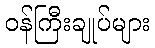
ဝန်ကြီးချုပ်များ